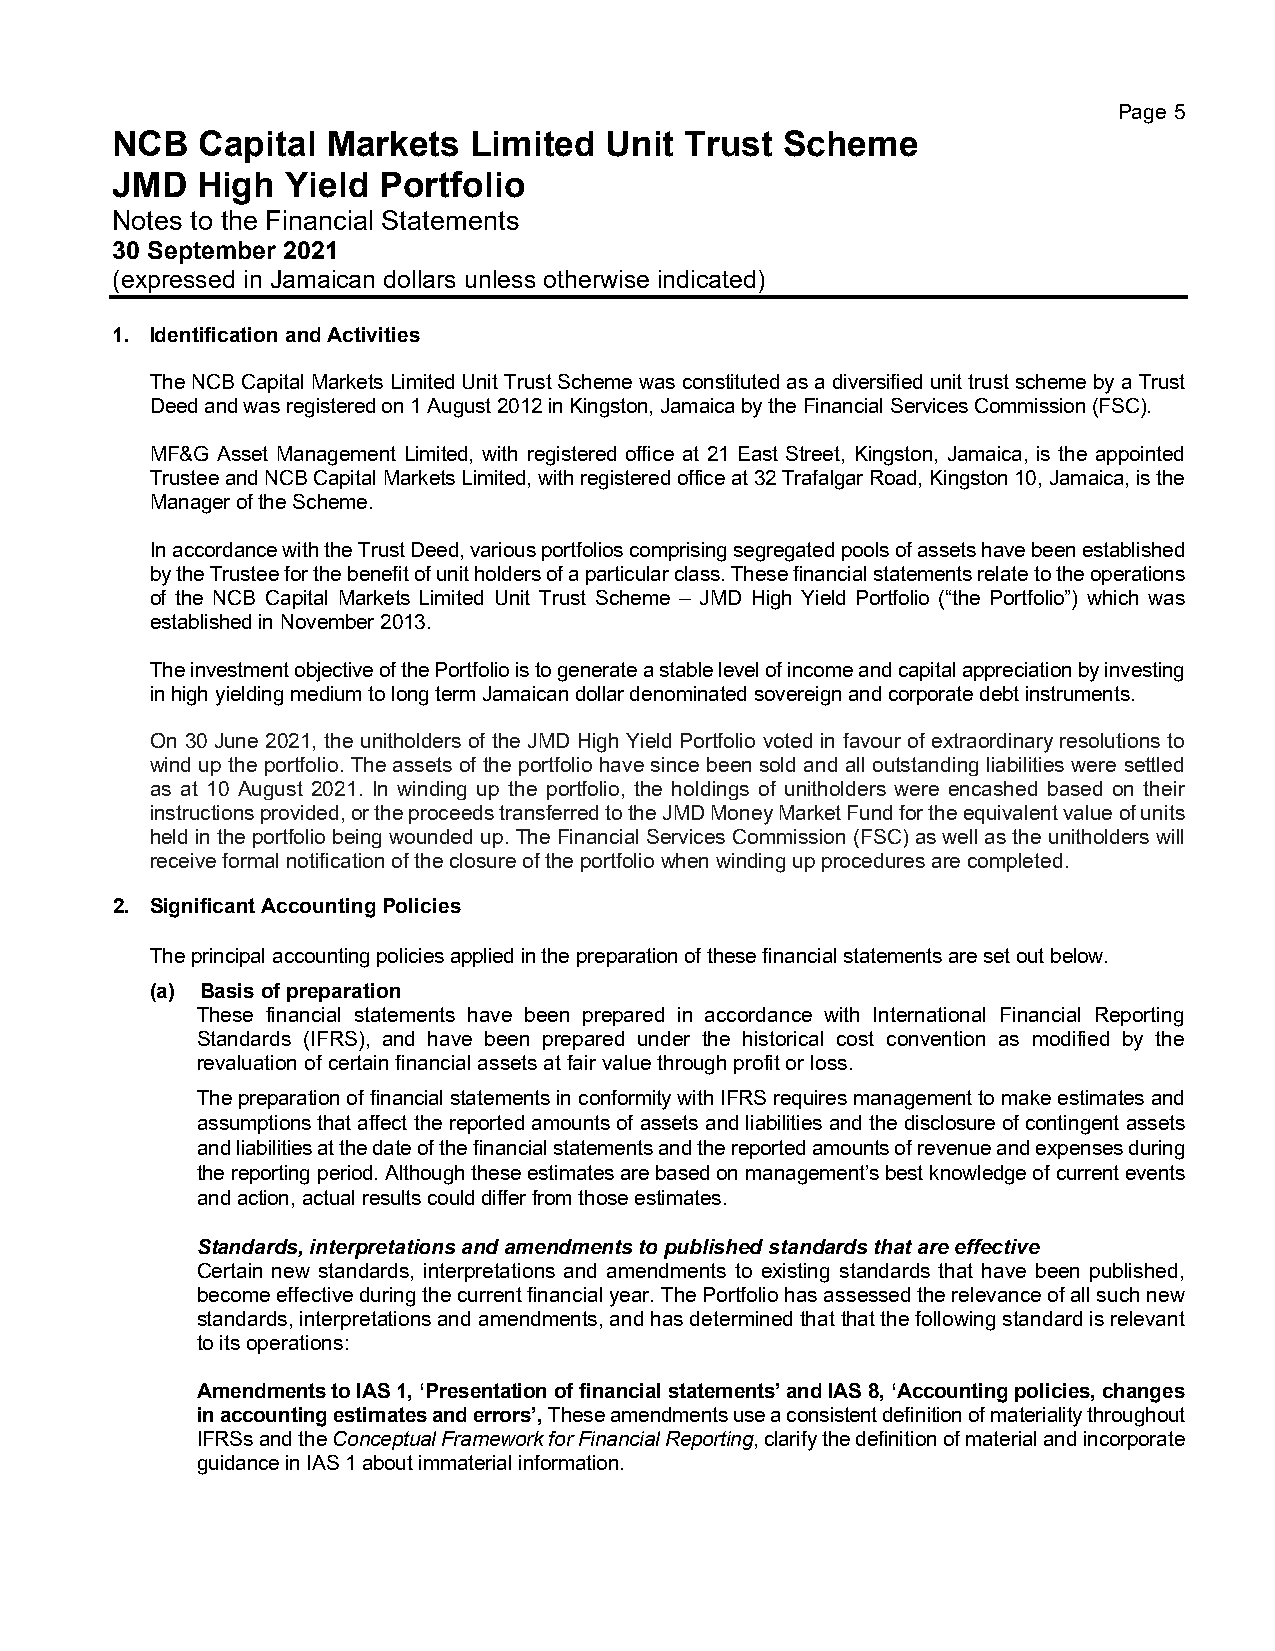
Page 5
 NCB   Capital  Markets  Limited  Unit Trust  Scheme
 JMD   High  Yield Portfolio
 Notes to the Financial Statements
 30 September 2021
 (expressed in Jamaican dollars unless otherwise indicated)
 1. Identification and Activities
 The NCB Capital Markets Limited Unit Trust Scheme was constituted as a diversified unit trust scheme by a Trust
 Deed and was registered on 1 August 2012 in Kingston, Jamaica by the Financial Services Commission (FSC).
 MF&G Asset Management Limited, with registered office at 21 East Street, Kingston, Jamaica, is the appointed
 Trustee and NCB Capital Markets Limited, with registered office at 32 Trafalgar Road, Kingston 10, Jamaica, is the
 Manager of the Scheme.
 In accordance with the Trust Deed, various portfolios comprising segregated pools of assets have been established
 by the Trustee for the benefit of unit holders of a particular class. These financial statements relate to the operations
 of the NCB Capital Markets Limited Unit Trust Scheme – JMD High Yield Portfolio (“the Portfolio”) which was
 established in November 2013.
 The investment objective of the Portfolio is to generate a stable level of income and capital appreciation by investing
 in high yielding medium to long term Jamaican dollar denominated sovereign and corporate debt instruments.
 On 30 June 2021, the unitholders of the JMD High Yield Portfolio voted in favour of extraordinary resolutions to
 wind up the portfolio. The assets of the portfolio have since been sold and all outstanding liabilities were settled
 as at 10 August 2021. In winding up the portfolio, the holdings of unitholders were encashed based on their
 instructions provided, or the proceeds transferred to the JMD Money Market Fund for the equivalent value of units
 held in the portfolio being wounded up. The Financial Services Commission (FSC) as well as the unitholders will
 receive formal notification of the closure of the portfolio when winding up procedures are completed.
 2. Significant Accounting Policies
 The principal accounting policies applied in the preparation of these financial statements are set out below.
 (a) Basis of preparation
 These financial statements have been prepared in accordance with International Financial Reporting
 Standards (IFRS), and have been prepared under the historical cost convention as modified by the
 revaluation of certain financial assets at fair value through profit or loss.
 The preparation of financial statements in conformity with IFRS requires management to make estimates and
 assumptions that affect the reported amounts of assets and liabilities and the disclosure of contingent assets
 and liabilities at the date of the financial statements and the reported amounts of revenue and expenses during
 the reporting period. Although these estimates are based on management’s best knowledge of current events
 and action, actual results could differ from those estimates.
 Standards, interpretations and amendments to published standards that are effective
 Certain new standards, interpretations and amendments to existing standards that have been published,
 become effective during the current financial year. The Portfolio has assessed the relevance of all such new
 standards, interpretations and amendments, and has determined that that the following standard is relevant
 to its operations:
 Amendments to IAS 1, ‘Presentation of financial statements’ and IAS 8, ‘Accounting policies, changes
 in accounting estimates and errors’, These amendments use a consistent definition of materiality throughout
 IFRSs and the Conceptual Framework for Financial Reporting, clarify the definition of material and incorporate
 guidance in IAS 1 about immaterial information.